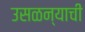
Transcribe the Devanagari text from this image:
उसळन्याची